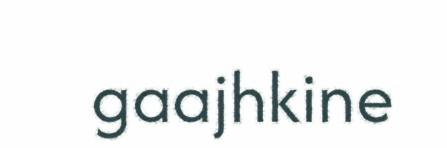
gaajhkine